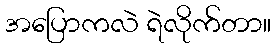
အပြောကလဲ ရဲလိုက်တာ။